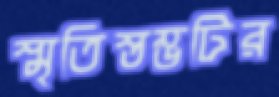
স্মৃতিস্তম্ভটির